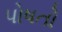
પોષતો